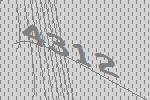
4312